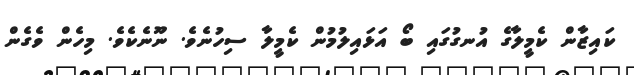
ކައިޒާން ކެމީލާގެ އުނގުގައި ބޯ އަޅައިލުމުން ކެމީލާ ސިހުނެވެ. ނޫނެކެވެ. މިހެން ވެގެން